Medical and sanitary report of the native army of Bengal for the year
Year: 1875
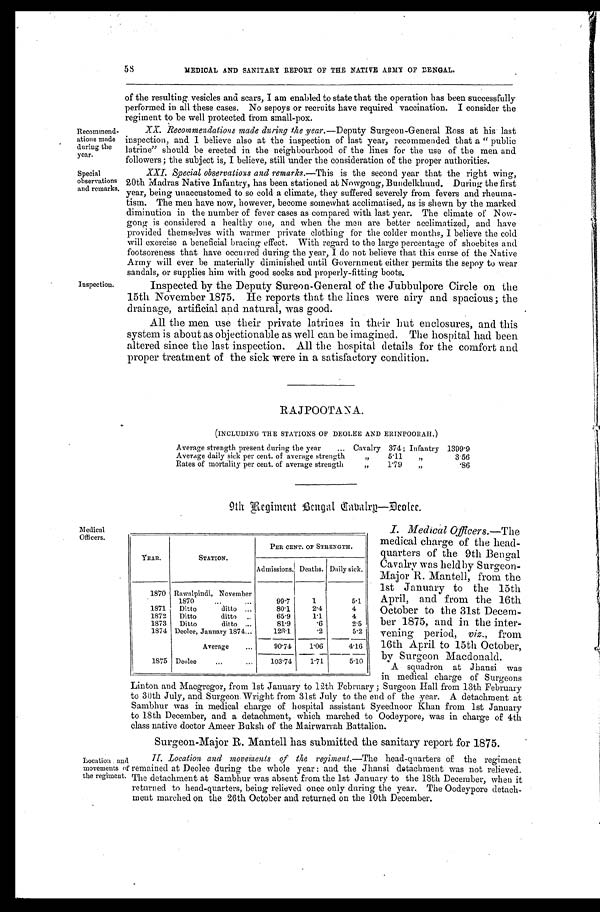
Recommend
-ations made
during the
year.
Special
observations
and remarks.
58
MEDICAL AND SANITARY REPORT OF THE NATIVE ARMY OF BENGAL.
Inspection.
of the resulting vesicles and scars, I am enabled to state that the operation has been successfully
performed in all these cases. No sepoys or recruits have required vaccination. I consider the
regiment to be well protected from small-pox.
XX. Recommendations made during the year .—Deputy Surgeon-General Ross at his last
inspection, and I believe also at the inspection of last year, recommended that a "public
latrine" should be erected in the neighbourhood of the lines for the use of the men and
followers; the subject is, I believe, still under the consideration of the proper authorities.
XXI. Special observations and remarks.— This is the second year that the right wing,
20th Madras Native Infantry, has been stationed at Nowgong, Bundelkhund. During the first
year, being unaccustomed to so cold a climate, they suffered severely from fevers and rheuma-
tism. The men have now, however, become somewhat acclimatised, as is shewn by the marked
diminution in the number of fever cases as compared with last year. The climate of Now
-gong is considered a healthy one, and when the men are better acclimatized, and have
provided themselves with warmer private clothing for the colder months, I believe the cold
will exercise a beneficial bracing effect. With regard to the large percentage of shoebites and
footsoreness that have occurred during the year, I do not believe that this curse of the Native
Army will ever be materially diminished until Government either permits the sepoy to wear
sandals, or supplies him with good socks and properly-fitting boots.
Inspected by the Deputy Sureon-General of the Jubbulpore Circle on the
15th November 1875. He reports that the lines were airy and spacious; the
drainage, artificial and natural, was good.
All the men use their private latrines in their hut enclosures, and this
system is about as objectionable as well can be i magined. The hospital had been
altered since the last inspection. All the hospital details for the comfort and
proper treatment of the sick were in a satisfactory condition.
RAJPOOTANA.
(INCLUDING THE STATIONS OF DEOLEE AND ERINPOORAH.)
Average strength present during the year . . .Cavalry 374; Infantry 1399.9
Average daily sick per cent. of average strength " 5.11 "
3.56
Rates of mortality per cent. of average strength " 1.79 "
.86
9th Re giment Bengal Eabalry—Deolee.
Medical
Officers.
I. Medical Officers.—The
medical charge of the head
-quarters of the 9th Bengal
Cavalry was held by Surgeon
-Major R. Mantell, from the
1st January to the 15th
April, and from the 16th
October to the 31st Decem
-ber 1875, and in the inter
-vening period, viz., from
16th April to 15th October,
by Surgeon Macdonald.
A squadron at Jhansi was
in medical charge of Surgeons
Linton and Macgregor, from 1st January to 12th February; Surgeon Hall from 13th February
to 30th July, and Surgeon Wright from 31st July to the end of the year. A detachment at
Sambhur was in medical charge of hospital assistant Syeednoor Khan from 1st January
to 18th December, and a detachment, which marched to Oodeypore, was in charge of 4th
class native doctor Ameer Buksh of the Mairwarrah Battalion.
YEAR.
STATION.
PER CENT. OF STRENGTH.
Admissions. Deaths. Daily sick.
1870 Rawalpindi, November
1870 . . .
99.7
1
5.1
1871
Ditto ditto . . .
80.1
2.4
4
1872
Ditto ditto . . .
65.9
1.1
4
1873
Ditto ditto . . .
81.9
.6
2.5
1874 Deolee, January 1874 . . .
126.1
.2
5.2
Average . . .
90.74
1.06
4.16
1875 Deolee . . .
1 0 3 . 7 4
1 . 7 1
5 . 1 0
Surgeon-Major R. Mantell has submitted the sanitary report for 1875.
Location and
movements of
the regiment.
II. Location and movements of the regiment.—The head-quarters of the regiment
remained at Deolee during the whole year: and the Jhansi detachment was not relieved.
The detachment at Sambhur was absent from the 1st January to the 18th December, when it
returned to head-quarters, being relieved once only during the year. The Oodeypore detach
-ment marched on the 26th October and returned on the 10th December.